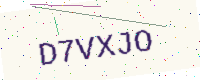
Text: D7VXJO